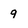
Character: 9